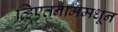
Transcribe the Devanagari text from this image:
व्हिएतनाममधून